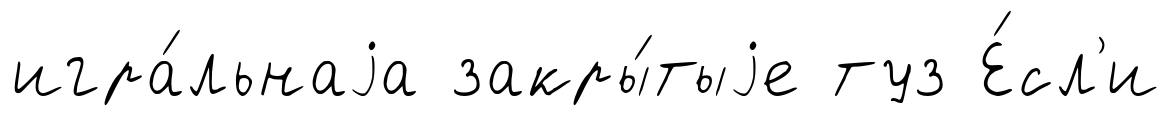
игра́льнаjа закры́тыjе туз Е́сл'и